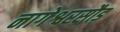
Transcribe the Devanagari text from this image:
नागेश्वरसौड़